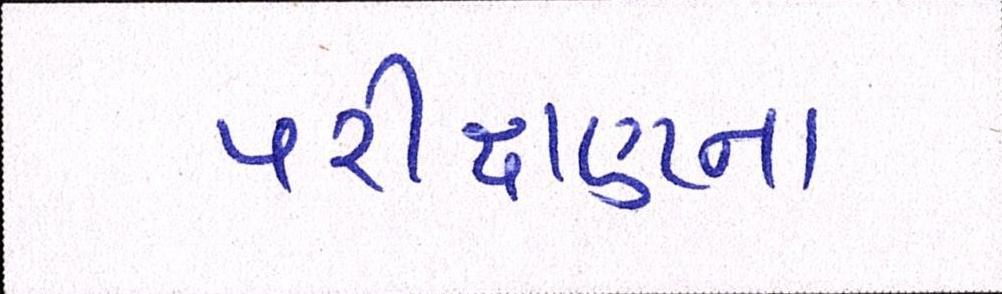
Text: પરીક્ષણના